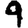
Digit: 9